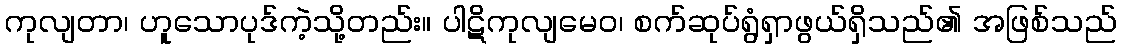
ကုလျတာ၊ ဟူသောပုဒ်ကဲ့သို့တည်း။ ပါဋိကုလျမေဝ၊ စက်ဆုပ်ရွံရှာဖွယ်ရှိသည်၏ အဖြစ်သည်